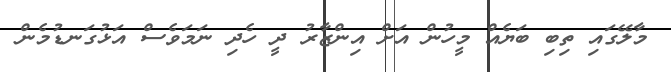
މާލޭގައި ތިބި ބަޔެއް މީހުން އަށް އިންޒާރު ދީ ހެދި ނަމަވެސް އަޅުގަނޑުމެން